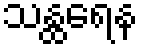
သန္ထရေန